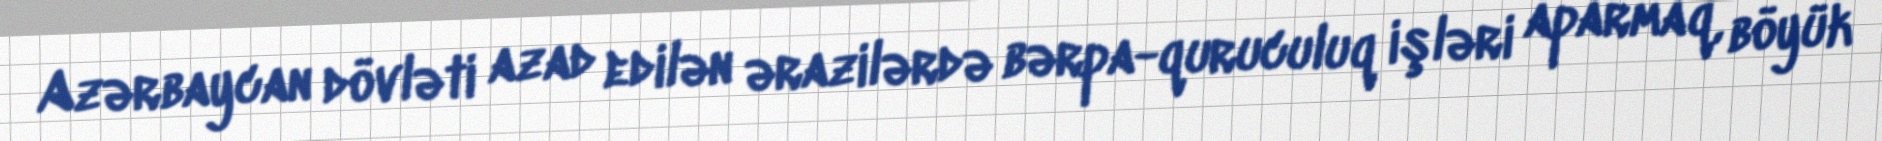
Azərbaycan dövləti azad edilən ərazilərdə bərpa-quruculuq işləri aparmaq, böyük